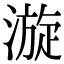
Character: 漩